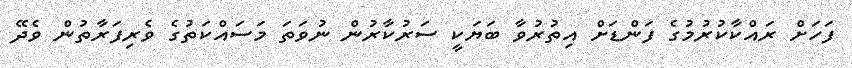
ފަހަށް ރައްކާކުރުމުގެ ފަންޑަށް އިތުރުވާ ބަޔަކީ ސަރުކާރުން ނުވަތަ މަސައްކަތުގެ ވެރިފަރާތުން ވެދޭ